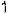
1